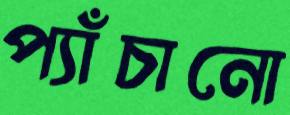
প্যাঁচানো